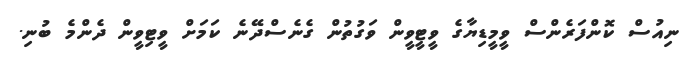
ނިއުސް ކޮންފަރެންސް ވީމީޑިޔާގެ ވީޓީވީން ވަގުތުން ގެނެސްދޭނެ ކަމަށް ވީޓިވީން ދެންމެ ބުނި.